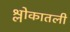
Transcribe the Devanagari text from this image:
श्लोकातली